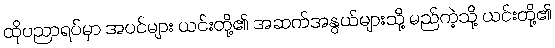
ထိုပညာရပ်မှာ အပင်များ ယင်းတို့၏ အဆက်အနွယ်များသို့ မည်ကဲ့သို့ ယင်းတို့၏